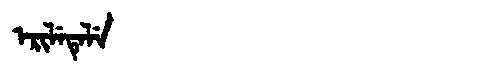
Manchu: ᡝᡵᡳᠯᡝᡨᡝᠯᡝ
Romanization: ERILETELE